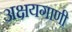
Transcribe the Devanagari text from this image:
अक्षयगाणी